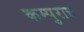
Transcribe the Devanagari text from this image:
कम्पुरात्त